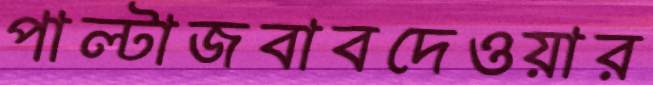
পাল্টাজবাবদেওয়ার